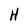
Character: H